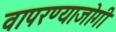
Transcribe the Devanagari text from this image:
वापरण्याजोगी